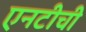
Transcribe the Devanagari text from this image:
एनटीची